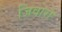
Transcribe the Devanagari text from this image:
जिवारो